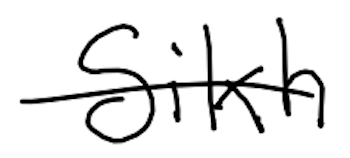
Text: Sikh
Cross-out: single-line
Writing tool: digital_black